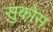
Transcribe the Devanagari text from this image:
सुकोस